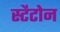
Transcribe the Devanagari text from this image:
स्टैटोन